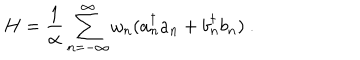
H = \frac { 1 } { \alpha } \sum _ { n = - \infty } ^ { \infty } { \omega _ { n } } ( a _ { n } ^ { \dagger } a _ { n } + b _ { n } ^ { \dagger } b _ { n } ) ~ .